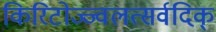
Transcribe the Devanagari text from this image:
किरिटोज्ज्वलत्सर्वदिक्‌